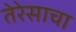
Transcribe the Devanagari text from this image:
तेरेसाचा